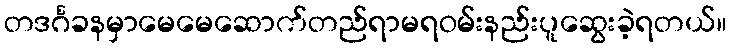
တဒင်္ဂခနမှာမေမေဆောက်တည်ရာမရဝမ်းနည်းပူဆွေးခဲ့ရတယ်။